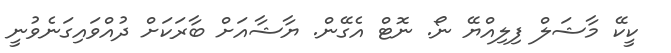
ކީކޭ މާޝަލް ފިލިއްޔޭ ނޯ. ނޮޓް އެގޭން. ޔާޝާއަށް ބާރަކަށް ދުއްވައިގަނެވުނީ